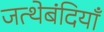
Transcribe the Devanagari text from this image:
जत्थेबंदियाँ